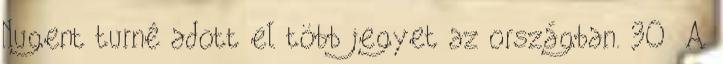
Nugent turné adott el több jegyet az országban. 30 A